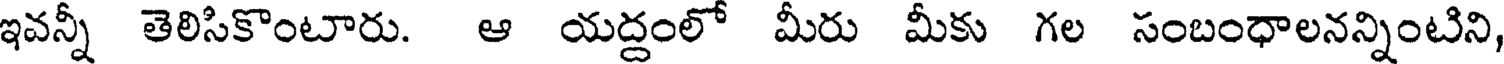
ఇవన్నీ తెలిసికొంటారు. ఆ యద్దంలో మీరు మీకు గల సంబంధాలనన్నింటిని,